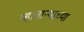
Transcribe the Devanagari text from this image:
म्हाताऱ्याच्या